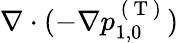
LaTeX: \nabla\cdot(-\nabla p_{1,0}^{\mathrm{~(~T~)~}})